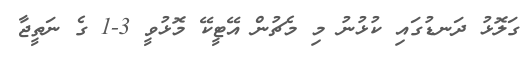
ގަލޮޅު ދަނޑުގައި ކުޅުނު މި މެޗުން އޭޓީކޭ މޮޅުވީ 3-1 ގެ ނަތީޖާ